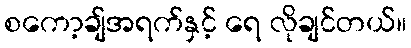
စကော့ချ်အရက်နှင့် ရေ လိုချင်တယ်။